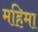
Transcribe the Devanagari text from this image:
महिमा